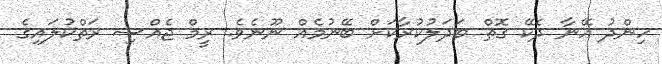
ހިންދު އޭނާ ދެކޭ ގޮތް ބަދަލުކުރާކަށް ބޭނުމެއް ނޫނެވެ. ރީމް ޖެއްސި ރަތްކުލައިގެ